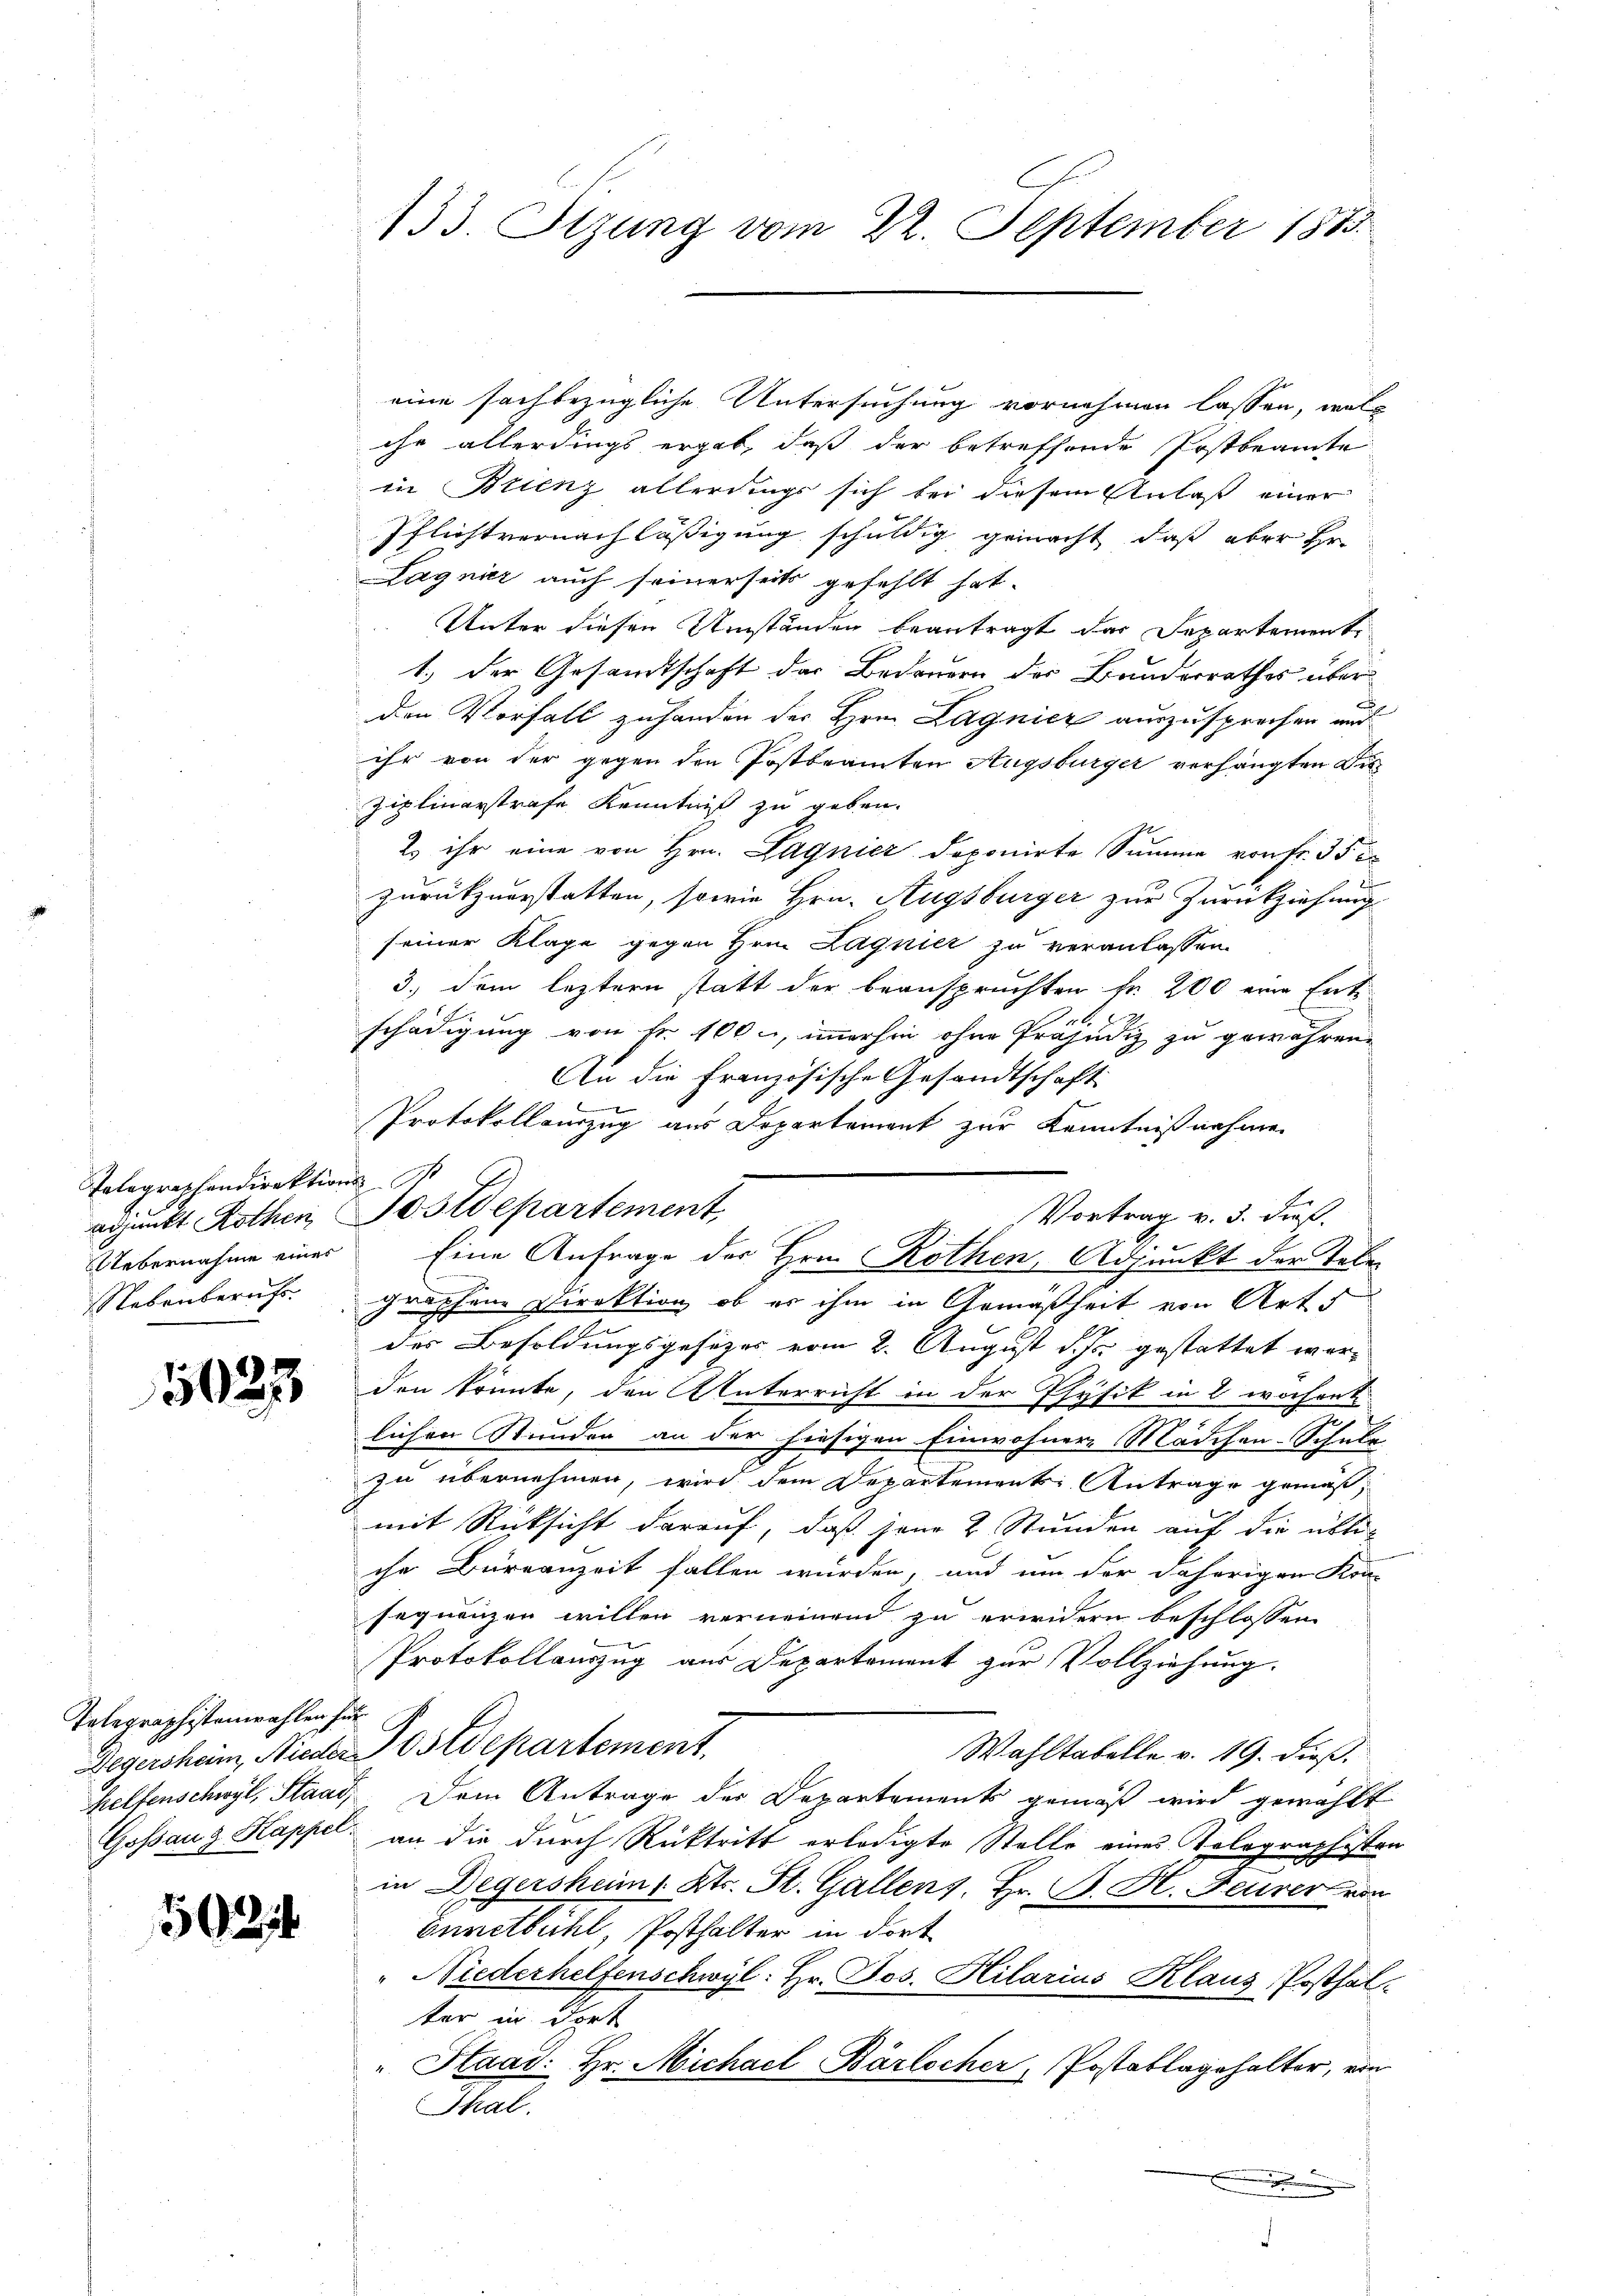
Telegraphendirektionss
Uebernahme eines
Nebenberuft.

5023

Telegraphistenwahlen für

502

eine sachbezügliche Untersuchung vornehmen lassen, woll
ihr allerdings ergab, daß der betreffende Postbeamte
in Brienz allerdings sich bei diesem Anlaß einer
Pflichtvernachläßigung schuldig gemacht, daß aber Hr.
Lagnier auch seinerseits gefehlt hat.
Unter diesen Umständen beantragt das Departement
1.) Der Gesandtschaft der Bedauern der Bunderrathes über
den Vorfall zuhanden der Hrn. Lagnicz auszusprechen und
ihr von der gegen den Postbeamten Augsburger verhängten Dis
Ziplinerstrafe Kenntniß zu geben.
2 ihr eine von Hrn. Lagnier doponirte Summe von Fr. 35 e
zurückzuerstatten, sowie Hrn. Augsburger zur Zurückziehung
seiner Klage gegen Hrn. Lagnier zu veranlassen.
3.) dem leztern statt der beanspruchten Fr. 200 eine Entl
schädigung von Nr. 100, immerhin ohne Präjudiz zu gewähren.
An die Französische Gesandtschaft

Protokollauszug aus Departement zur Kenntnißnahmen
Vortrag v. 3. dieß.
grossene Direktion, ob er ihm in Gemäßheit von Art.
des Besoldungsgesezes vom 2. August d. Js. gestattet worden könnte, den Unterricht in der Physik in 2 wochente
e
lichen Stunden an der hiesigen Einwohnere Mädchen-Schule
zu übernehmen, wird dem Departements-Antrage gemäßmit Rücksicht darauf, daß jene 2 Stunden auf die übten
che Büreauzeit fallen würden, und um der daherigen Kon-
sequenzen willen verneinend zu erwidern beschlossen
Protokollauszug aus Departement zur Vollziehung.
Gegersheim, Nieder Postdepartement.
Wahltabelle v. 19. dieß.
helfenschwyl, Staag, Dem Antrage der Departements gemäß wird gewählt
Gossauz Kappel an die durch Rücktritt erledigte Stelle eines Kolographisten
in Degersheim, Kts. St. Gallens, Hr. B. H. Feurer von
Ennetbühl, Posthalter in dort
Niederhelfenschwyl: Hr. Jos. Hilarius Klaus Posthal-
ter in dort
Staad. Hr. Michael Bärlicher, Postablagehalter, ein
Thal.
.

133. Sizung vom 22. September 1883.

adjunkt Rothen Postdepartement

Eine Anfrage der Hrn. Rothen, Adjunkt der Tabe